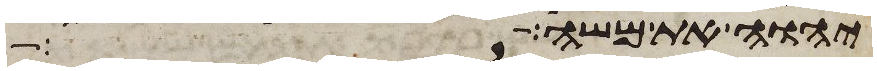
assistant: יהוה את משה